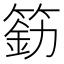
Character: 𰪐